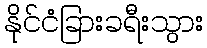
နိုင်ငံခြားခရီးသွား